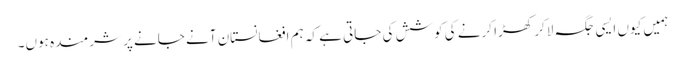
ہمیں کیوں ایسی جگہ لاکر کھڑا کرنے کی کوشش کی جاتی ہے کہ ہم افغانستان آنے جانے پر شرمندہ ہوں۔